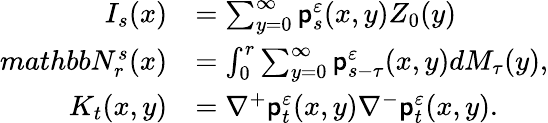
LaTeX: \begin{array}{rl}{I_{s}(x)}&{=\sum_{y=0}^{\infty}\mathsf{p}_{s}^{\varepsilon}(x,y)Z_{0}(y)}\\ {mathbbN_{r}^{s}(x)}&{=\int_{0}^{r}\sum_{y=0}^{\infty}\mathsf{p}_{s-\tau}^{\varepsilon}(x,y)dM_{\tau}(y),}\\ {K_{t}(x,y)}&{=\nabla^{+}\mathsf{p}_{t}^{\varepsilon}(x,y)\nabla^{-}\mathsf{p}_{t}^{\varepsilon}(x,y).}\end{array}